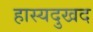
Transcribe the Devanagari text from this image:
हास्यदुखद